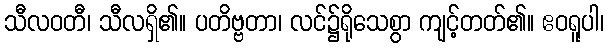
သီလဝတီ၊ သီလရှိ၏။ ပတိဗ္ဗတာ၊ လင်၌ရိုသေစွာ ကျင့်တတ်၏။ ဧဝရူပါ၊